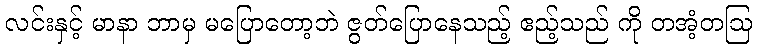
လင်းနှင့် မာနာ ဘာမှ မပြောတော့ဘဲ ဇွတ်ပြောနေသည့် ဧည့်သည် ကို တအံ့တဩ